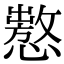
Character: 𢢡